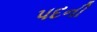
પદની